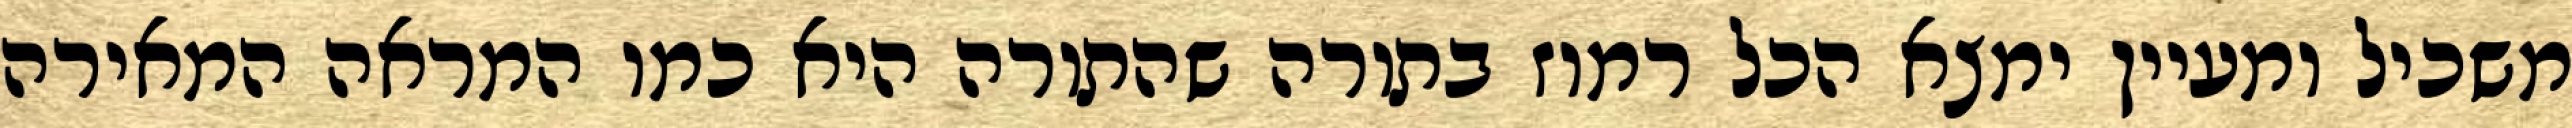
משכיל ומעיין ימצא הכל רמוז בתורה שהתורה היא כמו המראה המאירה